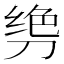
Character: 𫦌